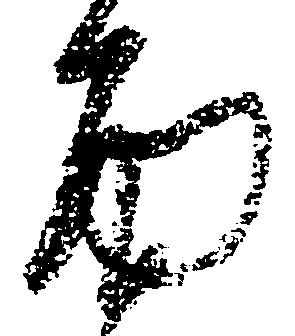
面